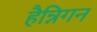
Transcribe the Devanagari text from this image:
हैन्निगन